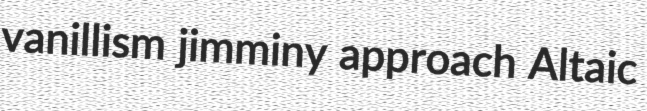
vanillism jimminy approach Altaic